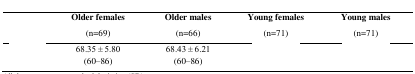
<table><thead><tr><td>[EMPTY_CELL]</td><td><b>Older females(n=69)</b></td><td><b>Older males(n=66)</b></td><td><b>Young females(n=71)</b></td><td><b>Young males(n=71)</b></td></tr></thead><tbody><tr><td>[EMPTY_CELL]</td><td>68.35±5.80(60-86)</td><td>68.43±6.21(60-86)</td><td>[EMPTY_CELL]</td><td>[EMPTY_CELL]</td></tr></tbody></table>